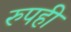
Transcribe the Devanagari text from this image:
रुपही